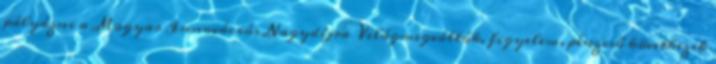
pályázni a Magyar Innovációs Nagydíjra Világmegváltók, figyelem, pénzeső következik